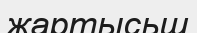
жартысьш